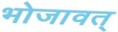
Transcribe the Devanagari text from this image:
भोजावत्